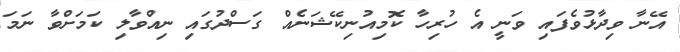
އޭނާ ވިދާޅުވެފައި ވަނީ އެ ހުރިހާ ކޮމިއުނިކޭޝަނެއް ގަސްދުގައި ނިއްވާލި ކަމަށްވާ ނަމަ